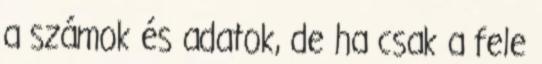
a számok és adatok, de ha csak a fele